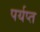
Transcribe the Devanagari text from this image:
पर्यप्त